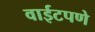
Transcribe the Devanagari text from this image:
वाईटपणे